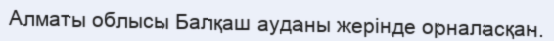
Алматы облысы Балқаш ауданы жерінде орналасқан.